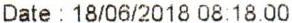
DATE : 18/06/2018 08:18:00